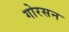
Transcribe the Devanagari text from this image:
गोरसन